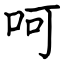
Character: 呵